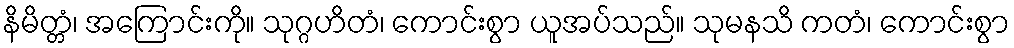
နိမိတ္တံ၊ အကြောင်းကို။ သုဂ္ဂဟိတံ၊ ကောင်းစွာ ယူအပ်သည်။ သုမနသိ ကတံ၊ ကောင်းစွာ